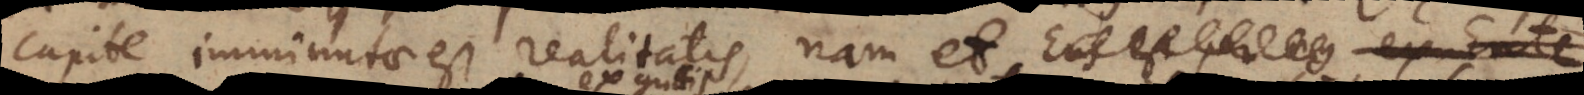
capite imminutae est realitatis, nam et Ens est